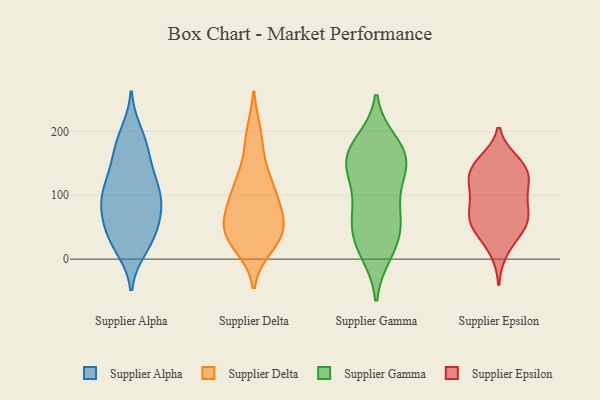
{"axis": {"x": "Production Output", "y": "Value"}, "legend": ["Supplier Alpha", "Supplier Delta", "Supplier Epsilon", "Supplier Gamma"], "data": [{"x": "", "y": 73, "type": "Supplier Alpha"}, {"x": "", "y": 37, "type": "Supplier Alpha"}, {"x": "", "y": 124, "type": "Supplier Alpha"}, {"x": "", "y": 181, "type": "Supplier Alpha"}, {"x": "", "y": 104, "type": "Supplier Alpha"}, {"x": "", "y": 159, "type": "Supplier Alpha"}, {"x": "", "y": 96, "type": "Supplier Alpha"}, {"x": "", "y": 121, "type": "Supplier Alpha"}, {"x": "", "y": 95, "type": "Supplier Alpha"}, {"x": "", "y": 93, "type": "Supplier Alpha"}, {"x": "", "y": 31, "type": "Supplier Alpha"}, {"x": "", "y": 197, "type": "Supplier Alpha"}, {"x": "", "y": 68, "type": "Supplier Alpha"}, {"x": "", "y": 47, "type": "Supplier Alpha"}, {"x": "", "y": 71, "type": "Supplier Alpha"}, {"x": "", "y": 180, "type": "Supplier Alpha"}, {"x": "", "y": 17, "type": "Supplier Alpha"}, {"x": "", "y": 140, "type": "Supplier Alpha"}, {"x": "", "y": 23, "type": "Supplier Alpha"}, {"x": "", "y": 31, "type": "Supplier Delta"}, {"x": "", "y": 76, "type": "Supplier Delta"}, {"x": "", "y": 118, "type": "Supplier Delta"}, {"x": "", "y": 73, "type": "Supplier Delta"}, {"x": "", "y": 39, "type": "Supplier Delta"}, {"x": "", "y": 196, "type": "Supplier Delta"}, {"x": "", "y": 49, "type": "Supplier Delta"}, {"x": "", "y": 52, "type": "Supplier Delta"}, {"x": "", "y": 134, "type": "Supplier Delta"}, {"x": "", "y": 21, "type": "Supplier Delta"}, {"x": "", "y": 187, "type": "Supplier Delta"}, {"x": "", "y": 121, "type": "Supplier Delta"}, {"x": "", "y": 99, "type": "Supplier Delta"}, {"x": "", "y": 41, "type": "Supplier Delta"}, {"x": "", "y": 32, "type": "Supplier Delta"}, {"x": "", "y": 86, "type": "Supplier Delta"}, {"x": "", "y": 66, "type": "Supplier Gamma"}, {"x": "", "y": 10, "type": "Supplier Gamma"}, {"x": "", "y": 170, "type": "Supplier Gamma"}, {"x": "", "y": 182, "type": "Supplier Gamma"}, {"x": "", "y": 59, "type": "Supplier Gamma"}, {"x": "", "y": 84, "type": "Supplier Gamma"}, {"x": "", "y": 30, "type": "Supplier Gamma"}, {"x": "", "y": 54, "type": "Supplier Gamma"}, {"x": "", "y": 17, "type": "Supplier Gamma"}, {"x": "", "y": 168, "type": "Supplier Gamma"}, {"x": "", "y": 155, "type": "Supplier Gamma"}, {"x": "", "y": 128, "type": "Supplier Gamma"}, {"x": "", "y": 123, "type": "Supplier Gamma"}, {"x": "", "y": 151, "type": "Supplier Gamma"}, {"x": "", "y": 157, "type": "Supplier Gamma"}, {"x": "", "y": 144, "type": "Supplier Epsilon"}, {"x": "", "y": 41, "type": "Supplier Epsilon"}, {"x": "", "y": 153, "type": "Supplier Epsilon"}, {"x": "", "y": 57, "type": "Supplier Epsilon"}, {"x": "", "y": 80, "type": "Supplier Epsilon"}, {"x": "", "y": 12, "type": "Supplier Epsilon"}, {"x": "", "y": 75, "type": "Supplier Epsilon"}, {"x": "", "y": 112, "type": "Supplier Epsilon"}, {"x": "", "y": 65, "type": "Supplier Epsilon"}, {"x": "", "y": 147, "type": "Supplier Epsilon"}, {"x": "", "y": 49, "type": "Supplier Epsilon"}, {"x": "", "y": 144, "type": "Supplier Epsilon"}, {"x": "", "y": 132, "type": "Supplier Epsilon"}, {"x": "", "y": 92, "type": "Supplier Epsilon"}, {"x": "", "y": 119, "type": "Supplier Epsilon"}, {"x": "", "y": 53, "type": "Supplier Epsilon"}, {"x": "", "y": 114, "type": "Supplier Epsilon"}]}